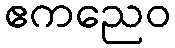
ဧကညေဝ